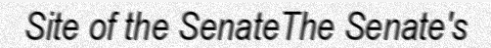
Site of the SenateThe Senate's